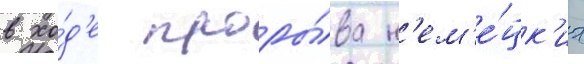
в хо́д'е проры́ва н'ем'е́цк'их